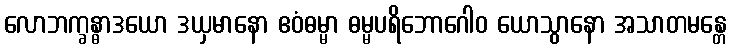
လောဘက္ခန္ဓာဒယော ဒယှမာနော ဧဝံဓမ္မာ ဓမ္မပရိဘောဂေါဝ ယောသွာနော အသာတမန္တေ